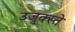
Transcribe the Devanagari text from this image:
उजुक्स्ते